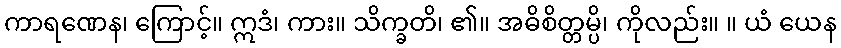
ကာရဏေန၊ ကြောင့်။ ဣဒံ၊ ကား။ သိက္ခတိ၊ ၏။ အဓိစိတ္တမ္ပိ၊ ကိုလည်း။ ။ ယံ ယေန